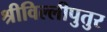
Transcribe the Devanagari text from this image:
श्रीविल्लीपुतुर